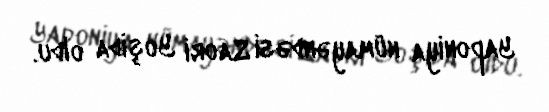
Yaponiya nümayəndəsi Saori Yoşida oldu.